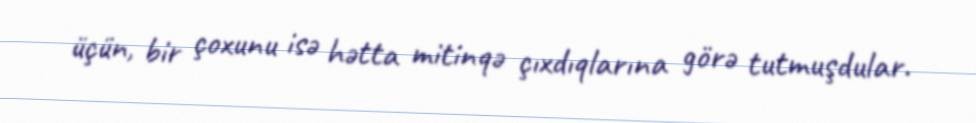
üçün, bir çoxunu isə hətta mitinqə çıxdıqlarına görə tutmuşdular.